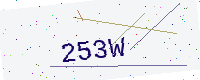
Text: 253W